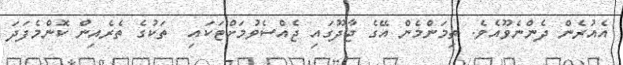
އެއުރެން ދެންނެވޫއެވެ. ތިމަންމެން އޭގެ ޖާދޫގައި ޖެއްސެވުމަށްޓަކައި  ތަކުގެ ތެރެއިން ކޮންމެފަދަ